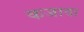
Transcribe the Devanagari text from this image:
कजावा